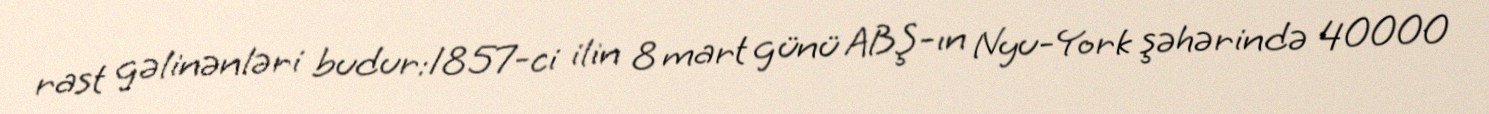
rast gəlinənləri budur:1857-ci ilin 8 mart günü ABŞ-ın Nyu-York şəhərində 40000